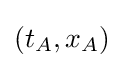
(t_{A},x_{A})